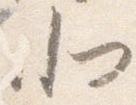
北